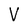
Character: V